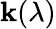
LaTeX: \mathbf{k}(\lambda)